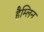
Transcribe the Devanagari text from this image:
हैम्लिन